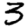
Digit: 3